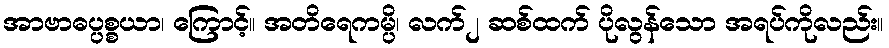
အာဗာဓပ္ပစ္စယာ၊ ကြောင့်။ အတိရေကမ္ပိ၊ လက်၂ ဆစ်ထက် ပိုလွန်သော အရပ်ကိုလည်း။